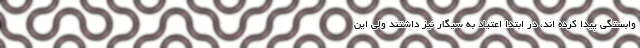
وابستگی پیدا کرده اند، در ابتدا اعتیاد به سیگار نیز داشتند ولی این